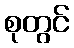
စုတွင်